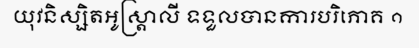
យុវនិស្សិតអូស្ត្រាលី ទទួលបានការបរិភោគ ១